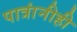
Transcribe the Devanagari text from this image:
पात्रांनीही